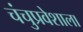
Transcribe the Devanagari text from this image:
चंचुप्रवेशाला